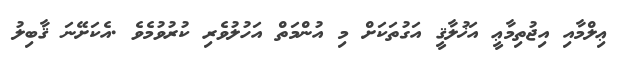
ޢިލްމާއި އިޖުތިމާޢީ އަޚުލާޤީ އަގުތަކަށް މި އުންމަތް އަހުލުވެރި ކުރުވުމެވެ .އެކަށޭނަ ޤާބިލު